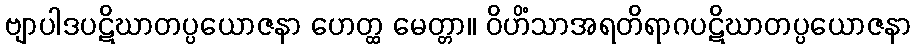
ဗျာပါဒပဋိဃာတပ္ပယောဇနာ ဟေတ္ထ မေတ္တာ။ ဝိဟိံသာအရတိရာဂပဋိဃာတပ္ပယောဇနာ